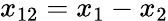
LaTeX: x_{12}=x_{1}-x_{2}